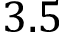
3 . 5